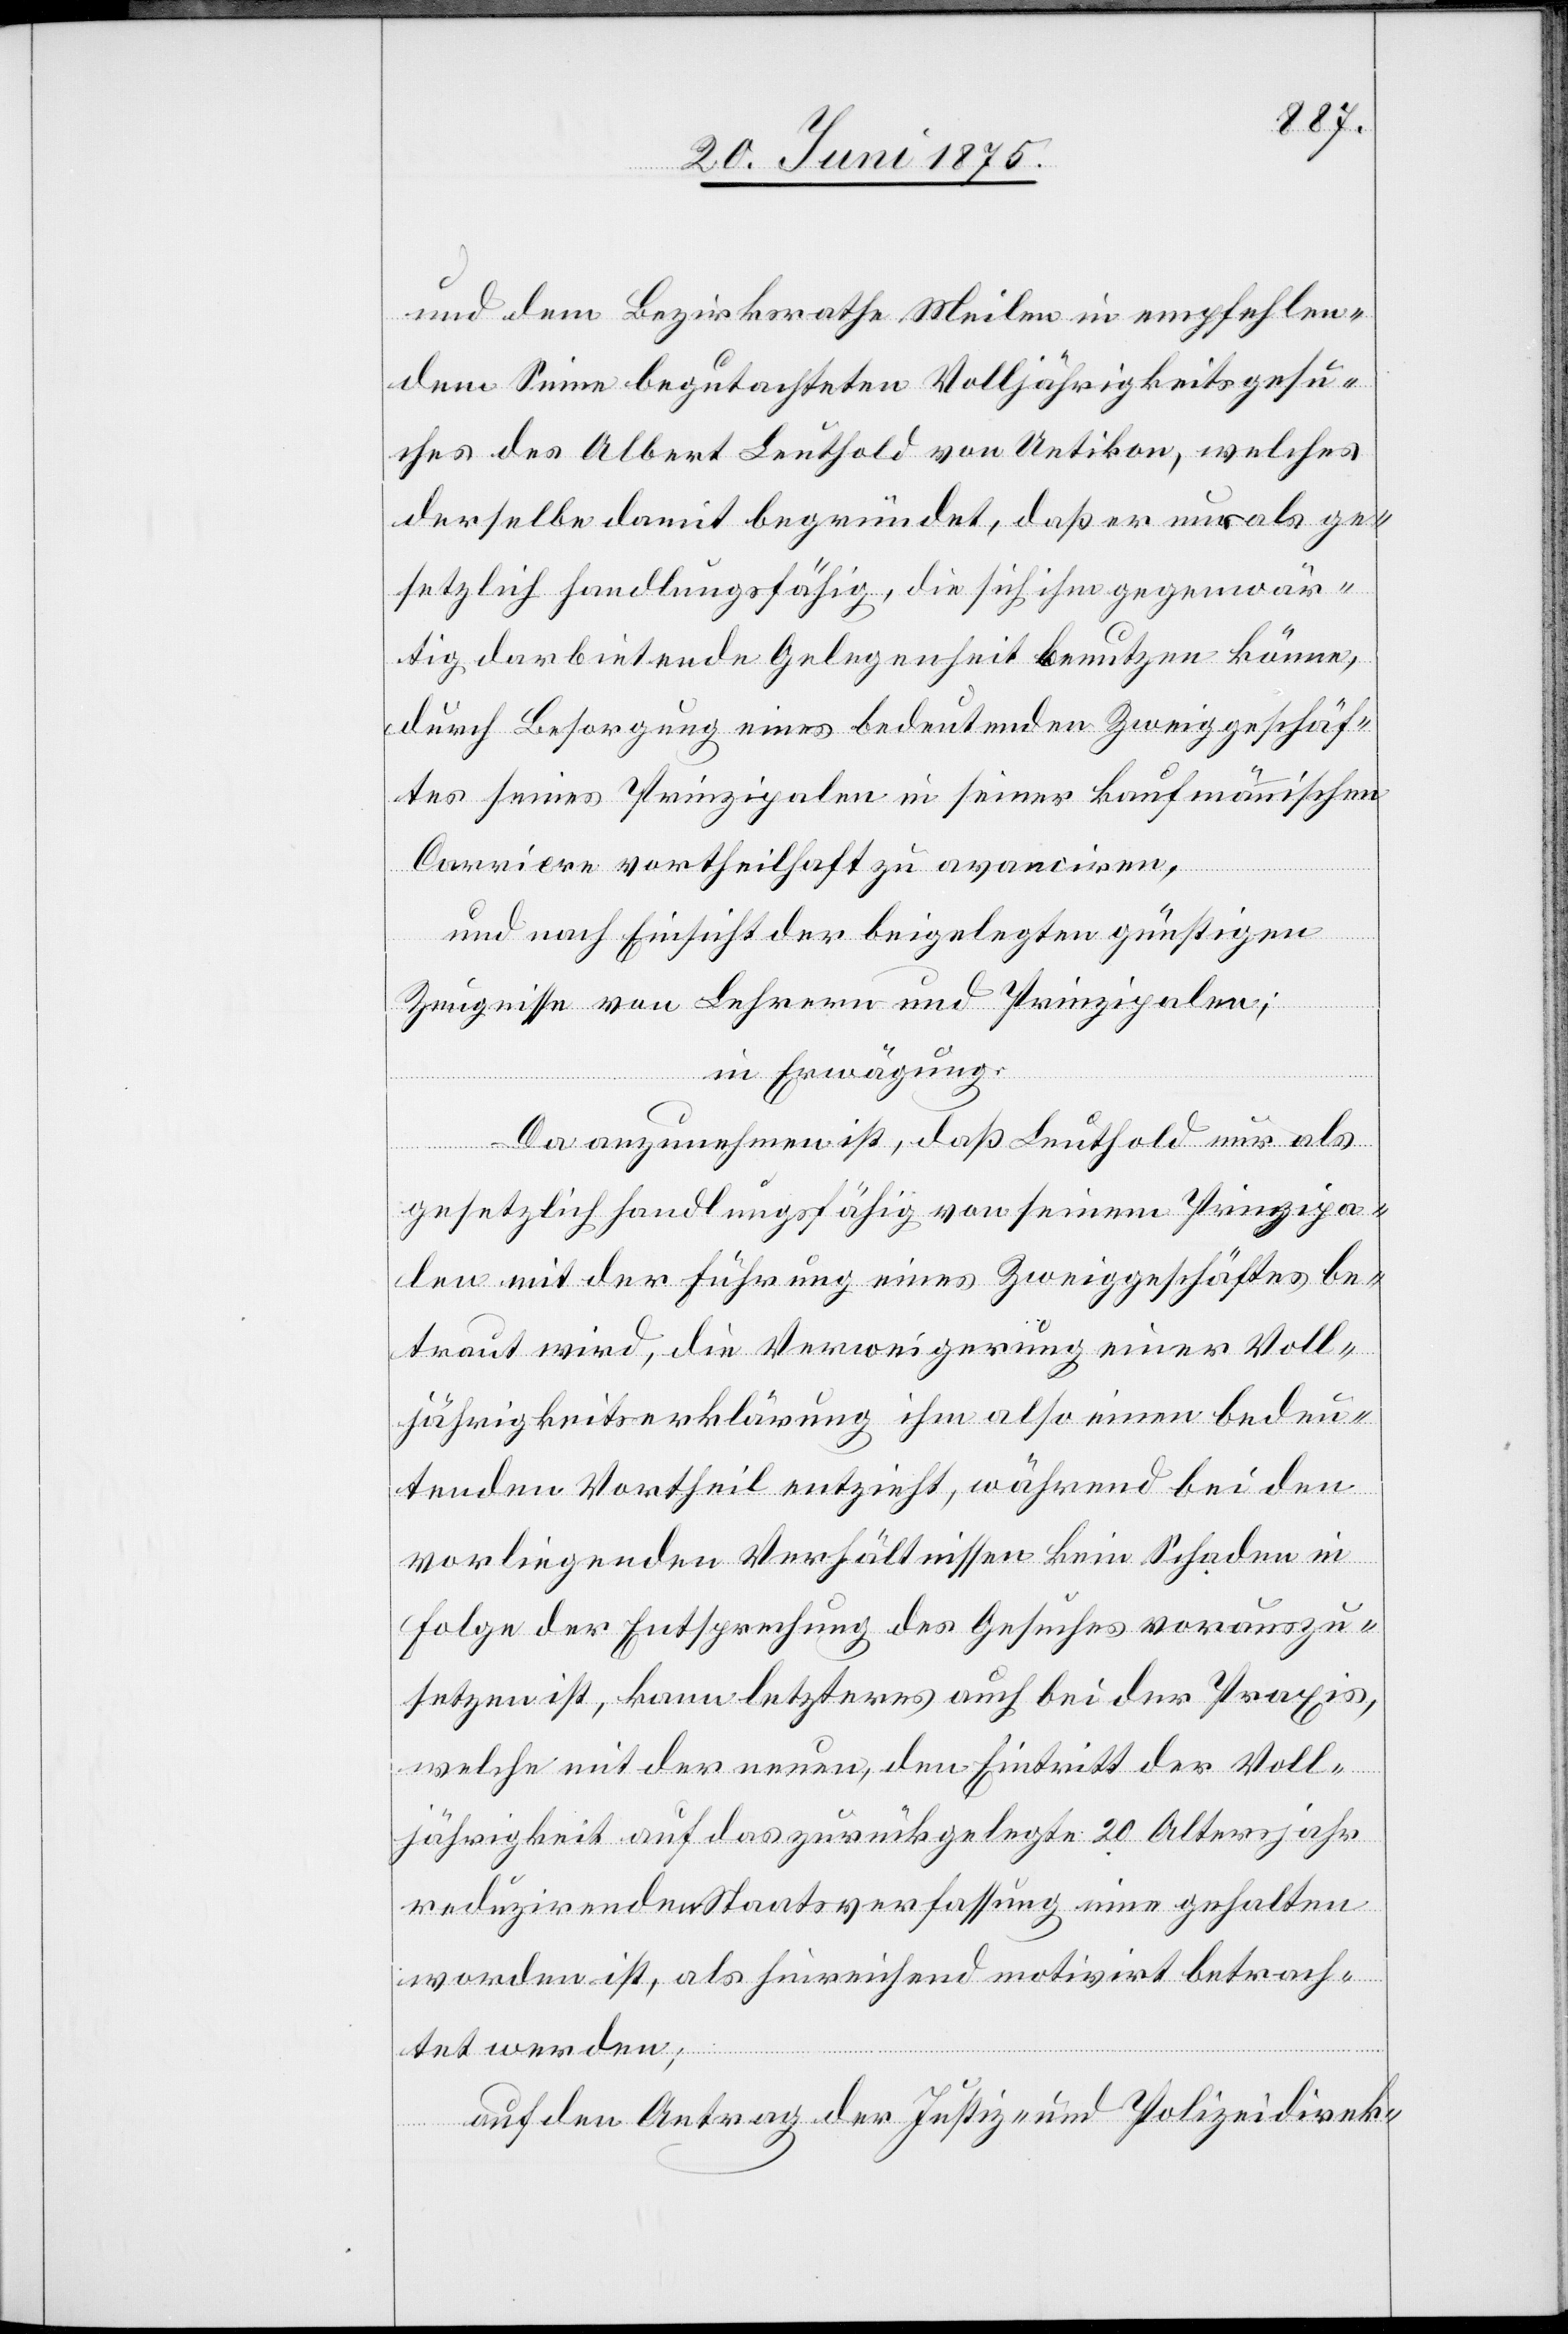
und dem Bezirksrathe Meilen in empfehlen¬
dem Sinne begutachteten Volljährigkeitsgesu¬
ches des Albert Leuthold von Uetikon, welches
derselbe damit begründet, daß er nur als ge¬
setzlich Handlungsfähig, die sich ihm gegenwär¬
tig darbietende Gelegenheit benutzen könne,
durch Besorgung eines bedeutenden Zweiggeschäf¬
tes seines Prinzipalen in seiner kaufmännischen
Carriere vortheilhaft avanciren,
und nach Einsicht der beigelegten günstigen
Zeugnisse von Lehrern und Prinzipalen;
in Erwägung:
Da anzunehmen ist, daß Leuthold nur als
gesetzlich handlungsfähig von seinem Prinzipa¬
len mit der Führung eines Zweiggeschäftes be¬
traut wird, die Verweigerung einer Voll¬
jährigkeitserklärung ihm also einen bedeu¬
tenden Vortheil entzieht, während bei den
vorliegenden Verhältnissen kein Schaden in
Folge der Entsprechung des Gesuches vorauszu¬
sehen ist, kann letzteres auch bei der Praxis,
welche mit der neuen, den Eintritt der Voll¬
jährigkeit auf das zurückgelegte 20 Altersjahr
reduzirenden Staatsverfassung eine gehalten
worden ist, als hinreichend motivirt betrach¬
tet werden;
auf den Antrag der Justiz- u. Polizeidirek-